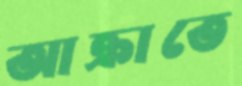
আক্রাতে